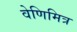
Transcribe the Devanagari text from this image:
वेणिमित्र